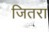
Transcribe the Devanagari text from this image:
जितरा